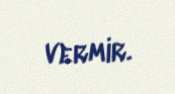
vermir.